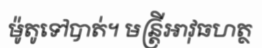
ម៉ូតូទៅបាត់។ មន្ត្រីអាវុធហត្ថ